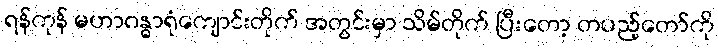
ရန်ကုန် မဟာဂန္ဓာရုံကျောင်းတိုက် အတွင်းမှာ သိမ်တိုက် ပြီးတော့ တပည့်တော်ကို